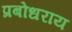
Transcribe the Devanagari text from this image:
प्रबोधराय